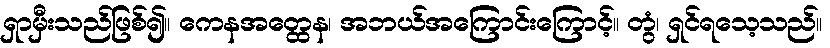
ရှာမှီးသည်ဖြစ်၍။ ကေနအတ္ထေန၊ အဘယ်အကြောင်းကြောင့်။ တွံ၊ ရှင်ရသေ့သည်။